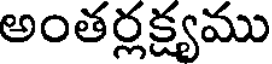
అంతర్లక్ష్యము